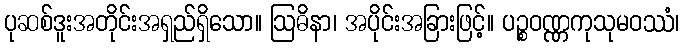
ပုဆစ်ဒူးအတိုင်းအရှည်ရှိသော။ ဩဓိနာ၊ အပိုင်းအခြားဖြင့်။ ပဉ္စဝဏ္ဏကုသုမဝဿံ၊